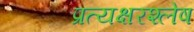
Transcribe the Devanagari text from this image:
प्रत्यक्षरश्लेष